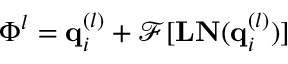
\Phi ^ { l } = \mathbf { q } _ { i } ^ { ( l ) } + \mathcal { F } [ \mathbf { L N } ( \mathbf { q } _ { i } ^ { ( l ) } ) ]